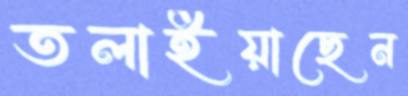
তলাইয়াছেন